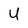
Character: U